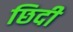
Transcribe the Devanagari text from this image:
छिदी